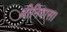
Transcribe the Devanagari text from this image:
श्रीनिवास।